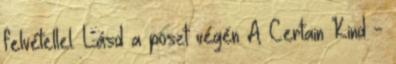
felvétellel. Lásd a poszt végén A Certain Kind -